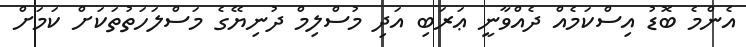
އެންމެ ބޮޑު އިސްކަމެއް ދެއްވާނީ ޢަރަބި އަދި މުސްލިމް ދުނިޔޭގެ މަސްލަހަތުތަކަށް ކަމަށް